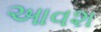
આવશ